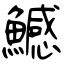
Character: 鱤